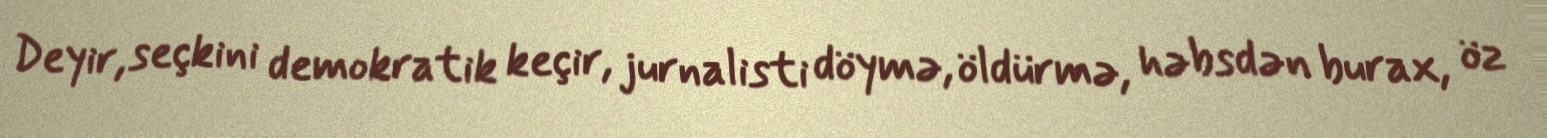
Deyir, seçkini demokratik keçir, jurnalisti döymə, öldürmə, həbsdən burax, öz